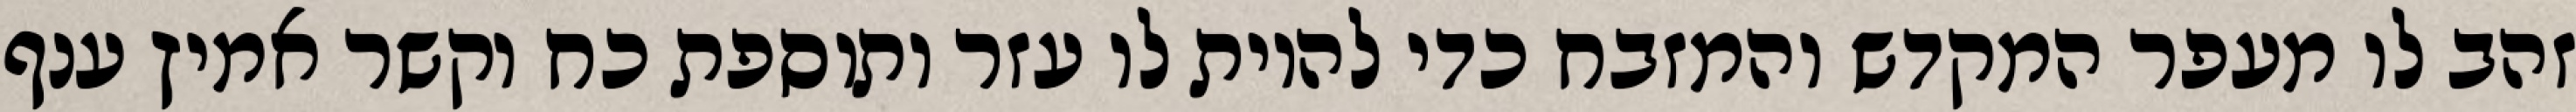
זהב לו מעפר המקדש והמזבח כדי להיות לו עזר ותוספת כח וקשר אמיץ ענף